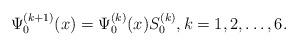
LaTeX: \begin{align*}\Psi^{(k+1)}_0(x)= \Psi^{(k)}_0(x)S^{(k)}_0, k = 1,2, \dots, 6.\end{align*}